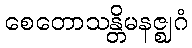
စေတောသန္တိမနဇ္ဈဂံ